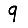
Digit: 9